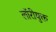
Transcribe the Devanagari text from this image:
लॉरीयुक्त